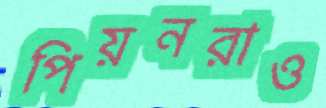
পিয়নরাও